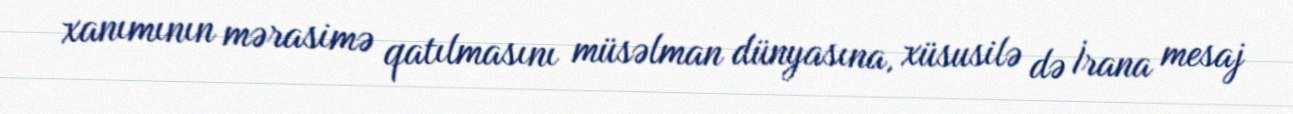
xanımının mərasimə qatılmasını müsəlman dünyasına, xüsusilə də İrana mesaj